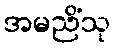
အမညိံသု